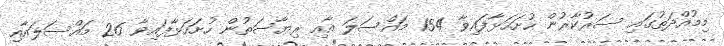
މިމުއްދަތުގައި ސަރުކާރުން ހުށަހަޅާފައިވާ 154 މައްސަލަ އާއި ރިޔާސަތުން ހުށަހަޅާފައިވާ 26 މައްސަލައާއި